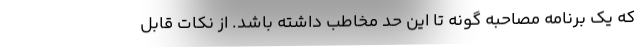
که یک برنامه مصاحبه گونه تا این حد مخاطب داشته باشد. از نکات قابل